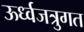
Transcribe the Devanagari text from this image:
ऊर्ध्वजत्रुगत